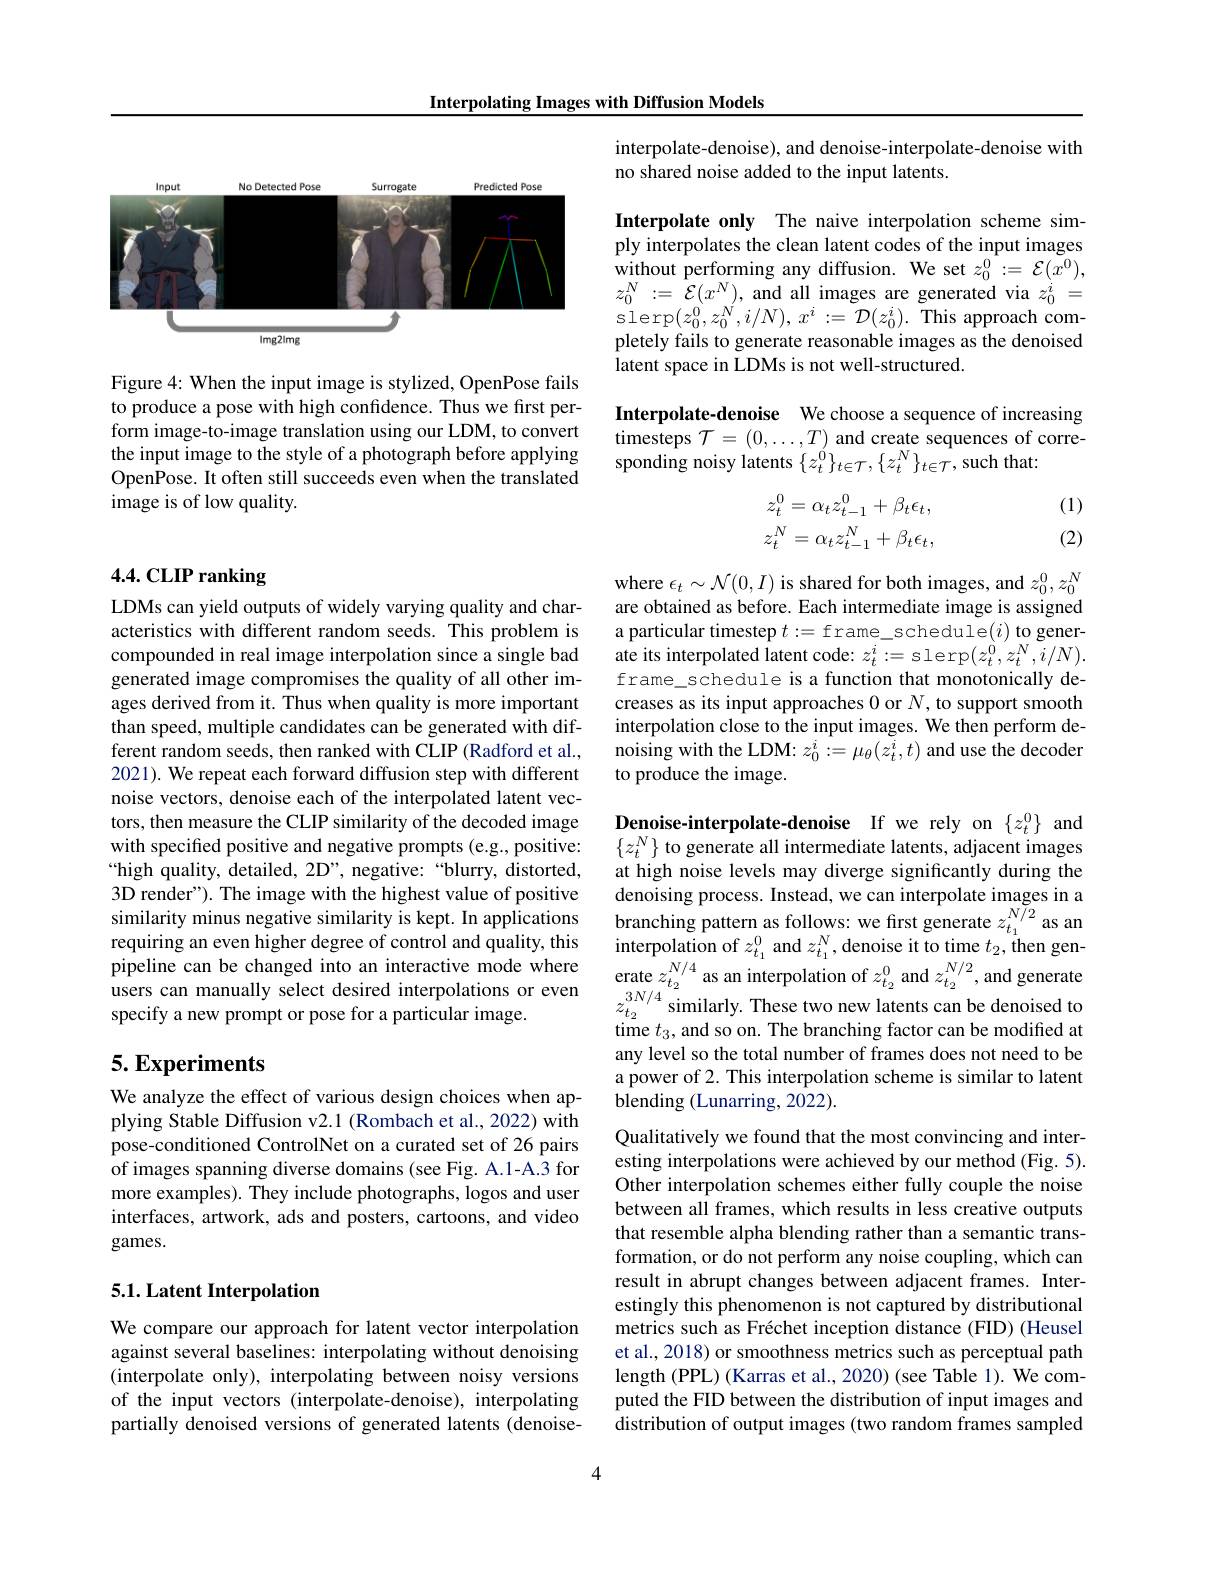
Interpolating Images with Diffusion Models

<FigureHere>

Figure 4: When the input image is stylized, OpenPose fails to produce a pose with high confidence. Thus we first perform image-to-image translation using our LDM, to convert the input image to the style of a photograph before applying $\hat{\text{OpenPose. It often still succeeds even when the translated}}$ image is of low quality.

## 4.4.CLIP ranking

LDMs can yield outputs of widely varying quality and characteristics with different random seeds. This problem is compounded in real image interpolation since a single bad generated image compromises the quality of all other images derived from it. Thus when quality is more important than speed, multiple candidates can be generated with different random seeds, then ranked with CLIP (Radford et al., 2021). We repeat each forward diffusion step with different noise vectors, denoise each of the interpolated latent vectors, then measure the CLIP similarity of the decoded image with specified positive and negative prompts (e.g., positive: “high quality, detailed, 2D”, negative: “blurry, distorted, 3D render"). The image with the highest value of positive similarity minus negative similarity is kept. In applications branching pattern as follows: we first generate $z_{t_1^{N/2}}^{N/2}$as an requiring an eveen higher degreee of control and qulitv this intrapolation afollitv this intranolotion of $z_{t_1^0}$ requiring an even higher degree of control and quality, this interpolation of $z_{t_1}^0$ and $z_{t_1}^N$,denoise it to time $t_2$,then genpipeline can be changed into an interactive mode where erate $z_{t_2}^{N/4}$ as an interpolation of $z_{t_2}$ specify a new prompt or pose for a particular image.

## $5. \textbf{Experiments}$

We analyze the effect of various design choices when applying Stable Diffusion v2.1 (Rombach et al., 2022) with pose-conditioned ControlNet on a curated set of 26 pairs of images spanning diverse domains (see Fig. A.1-A.3 for more examples). They include photographs, logos and user interfaces, artwork, ads and posters, cartoons, and video games.

## 5.1. Latent Interpolation

We compare our approach for latent vector interpolation against several baselines: interpolating without denoising (interpolate only), interpolating between noisy versions of the input vectors (interpolate-denoise), interpolating partially denoised versions of generated latents (denoise-

interpolate-denoise), and denoise-interpolate-denoise with
no shared noise added to the input latents.

Interpolate only The naive interpolation scheme simply interpolates the clean latent codes of the input images without performing any diffusion. We set $z_0^0:=\mathcal{E}(x^0)$, $z_{0}^{N}:={\hat{\mathcal{E}}}(x^{N})$, and all images are generated via $z_0^{i}=$ slerp$(z_0^0,z_0^N,i/N),x^i:=\mathcal{D}(z_0^i).$This approach completely fails to generate reasonable images as the denoised latent space in LDMs is not well-structured.

Interpolate-denoise We choose a sequence of increasing timesteps $\mathcal{T}=(0,\ldots,T)$ and create sequences of corresponding noisy latents $\{z_t^{\acute{0}}\}_{t\in\mathcal{T}},\{z_t^N\}_{t\in\mathcal{T}}$,such that:

(1)

(2)
$$\begin{aligned}z_t^0&=\alpha_tz_{t-1}^0+\beta_t\epsilon_t,\\z_t^N&=\alpha_tz_{t-1}^N+\beta_t\epsilon_t,\end{aligned}$$
where $\epsilon_t\sim\mathcal{N}(0,I)$ is shared for both images, and $z_0^0,z_0^N$ are obtained as before. Each intermediate image is assigned a particular timestep $t:=$ frame\_schedule$(i)$ to generate its interpolated latent code: $z_t^i:=\operatorname{slerp}(z_t^0,z_t^N,i/N).$ frame\_schedule is a function that monotonically decreases as its input approaches 0 or $N$,to support smooth interpolation close to the input images. We then perform denoising with the LDM: $z_0^i:=\mu_\theta(z_t^i,t)$ and use the decoder to produce the image.

$\begin{array}{ll}\textbf{Denoise-interpolate-denoise}&\text{If we rely on}&\{z_t^0\}&\text{and}\\\{z_t^N\}&\text{to generate all intermediate latents, adjacent images}\end{array}$ at high noise levels may diverge significantly during the denoising process. Instead, we can interpolate images in a $\begin{array}{l}{{\mathrm{cute~}z_{t_{2}}}}&{{\mathrm{as~un~miciporanon~or~}z_{t_{2}}}}&{{\mathrm{and~}z_{t_{2}}}}&{{\mathrm{,und~gcneiate}}}\\{{z_{t_{2}}^{3N/4}}}&{{\mathrm{similarly.~These~two~new~latents~can~be~denoised~to}}}\\{{\mathrm{time~}t_{3},\mathrm{and~so~on.~The~branching~factor~can~be~modified~at}}\end{array}}\\$ any level so the total number of frames does not need to be a power of 2. This interpolation scheme is similar to latent blending (Lunarring, 2022).

Qualitatively we found that the most convincing and interesting interpolations were achieved by our method (Fig. 5). Other interpolation schemes either fully couple the noise between all frames, which results in less creative outputs that resemble alpha blending rather than a semantic transformation, or do not perform any noise coupling, which can result in abrupt changes between adjacent frames. Interestingly this phenomenon is not captured by distributional metrics such as Fréchet inception distance (FID) (Heusel et al., 2018) or smoothness metrics such as perceptual path length (PPL) (Karras et al., 2020) (see Table 1). We computed the FID between the distribution of input images and distribution of output images (two random frames sampled

4